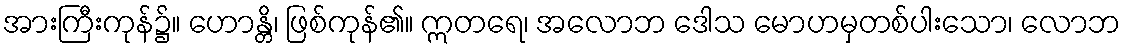
အားကြီးကုန်၌။ ဟောန္တိ၊ ဖြစ်ကုန်၏။ ဣတရေ၊ အလောဘ ဒေါသ မောဟမှတစ်ပါးသော၊ လောဘ